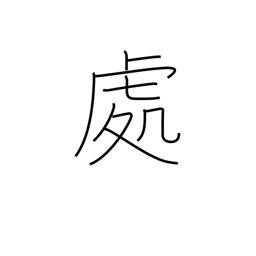
Meaning: locale